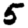
Digit: 5